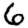
Digit: 6